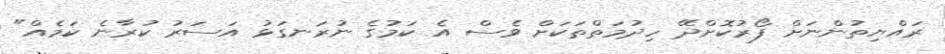
ރައްޔިތުންނަށް ފޯރުކޮށްދޭ ހިދުމަތްތަކަށް ވެސް އެ ކަމުގެ ނުރަނގަޅު އަސަރު ކުރާނެ ކަމެއް"